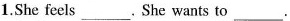
1.She feels___. She wants to ___.